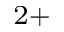
^ { 2 + }